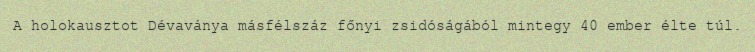
A holokausztot Dévaványa másfélszáz főnyi zsidóságából mintegy 40 ember élte túl.